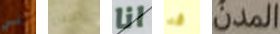
لي الحلفاء انا قد المدن